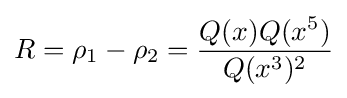
R=\rho _{1}-\rho _{2}={\frac {Q(x)Q(x^{5})}{Q(x^{3})^{2}}}